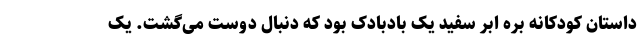
داستان کودکانه بره ابر سفید یک بادبادک بود که دنبال دوست می‌گشت. یک